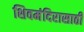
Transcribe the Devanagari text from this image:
शिवमंदिरासाठी